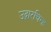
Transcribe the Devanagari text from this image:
उद्गारचिन्ह